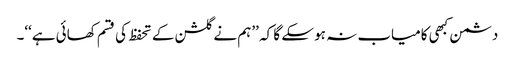
دشمن کبھی کامیاب نہ ہو سکے گا کہ ’’ہم نے گلشن کے تحفظ کی قسم کھائی ہے‘‘۔